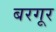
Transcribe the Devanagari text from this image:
बरगूर